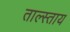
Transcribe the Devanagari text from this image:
ताल्स्ताय